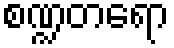
စဏ္ဍတရော